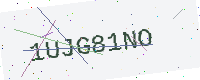
Text: 1UJG81NO